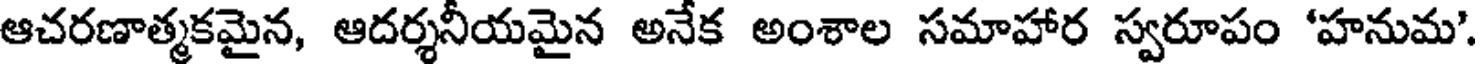
ఆచరణాత్మకమైన, ఆదర్శనీయమైన అనేక అంశాల సమాహార స్వరూపం 'హనుమ'